Insane asylums Bombay 1873-77 - 1873-1877
Year: 1873
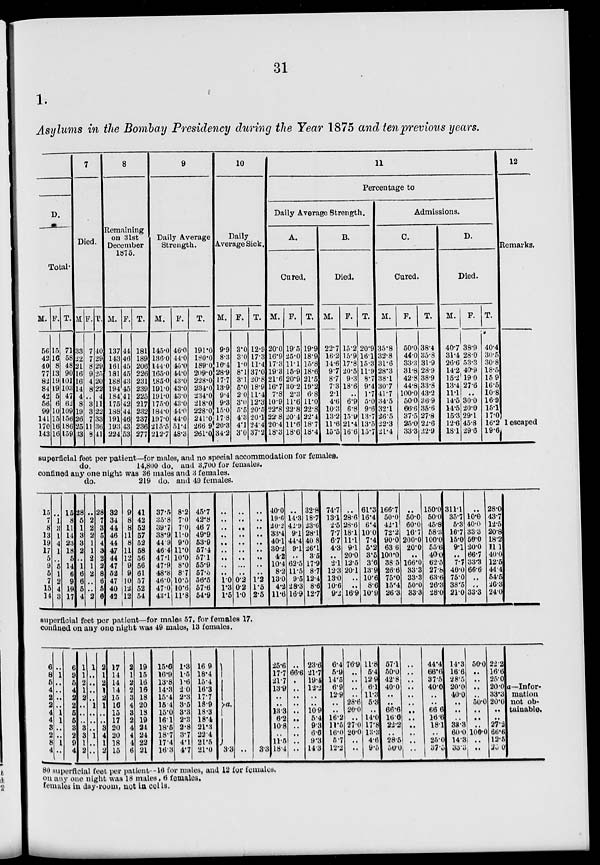
31
1.
Asylums in the Bombay Presidency during the Year 1875 and ten previous years.
D.
Total.
M.
56
42
40
77
82
84
42
56
99
141
170
143
F.
15
16
8
13
19
19
5
6
10
15
16
16
T.
71
58
48
90
101
103 47
62
109
156
186
159
7
Died.
M.
33
22
21
16
16
14
4
8
19
26
25
33
F.
7
7
8
9
4
8
..
3
3
7
11
8
T.
40
29
29
25
20
22
4
11
22
33
36
41
8
Remaining
on 31st
December
1875.
M.
137
143
161
181
188
194
184
175
188
191
193
224
F.
44
46
45
45
43
45
41
42
44
46
43
53
T.
181
189
206
226
231
239
225
217
232
237
236
277
9
Daily Average
Strength.
M.
145.0
136.0
144.0
165.0
185.0
191.0
191.0
175.0
184.0
197.0
215.5
212.7
F.
46.0
44.0
45.0
44.0
43.0
43.0
43.0
43.0
44.0
44.0
51.4
48.3
T.
191.0
180.0
189.0
209.0
228.0
234.0
234.0
218.0
228.0
241.0
266.9
261.0
10
Daily
Average Sick.
M.
9.9
8.3
10.4
28.9
17.7
13.9
9.4
9.3
15.0
17.8
20.3
34.2
F.
3.0
3.0
1.0
8.1
3.1
5.0
2.0
3.0
5.5
4.3
4.1
3.0
T.
12.9
17.3
11.4
37.0
20.8
18.9
11.4
12.3
20.5
20.1
24.4
37.2
11
Percentage to
Daily Average Strength.
A.
Cured.
M.
20.0
16.9
17.3
19.3
21.6
16.7
7.8
10.9
22.8
22.8
20.4
18.3
F.
19.5
25.0
11.1
15.9
20.9
30.2
2.3
11.6
22.8
20.4
11.6
18.6
T.
19.9
18.9
15.8
18.6
21.5
19.2
6.8
11.0
22.8
22.4
18.7
18.4
B.
Died.
M.
22.7
16.2
14.6
9.7
8.7
7.3
2.1
4.6
10.3
13.2
11.6
15.5
F.
15.2
15.9
17.8
20.5
9.3
18.6
..
6.9
6.8
15.9
21.4
16.6
T.
20.9
16.1
15.3
11.9
8.7
9.4
1.7
5.0
9.6
13.7
13.5
15.7
Admissions.
C.
Cured.
M.
35.8
32.8
31.6
28.3
38.1
30.7
41.7
34.5
32.1
26.5
22.3
21.4
F.
50.0
44.0
33.3
31.8
42.8
44.8
100.0
50.0
66.6
37.5
25.0
33.3
T.
38.4
35.8
31.9
28.9
38.9
33.8
43.2
36.9
35.6
27.8
22.6
22.9
D.
Died.
M.
40.7
31.4
26.6
14.2
15.2
13.4
11.1
14.5
14.5
153
12.6
18.1
F.
38.9
28.0
53.3
40.9
19.0
27.6
..
30.0
20.0
29.1
45.8
29.6
T.
40.4
30.5
30.8
18.5
15.9
16.5
10.8
16.9
15.1
12
Remarks.
17.0
16.2
19.6
1 escaped
superficial feet per patient—for males, and no special accommodation for females.
do.
14,800 do. and 3,700 for females.
confined any one night was 36 males and 3 females.
do.
219 do. and 49 females.
15
7
8
13
19
17
5
9
5
7
15
14
..
1
3
1
4
1
..
5
1
2
4
3
15
8
11
14
23
18
5
14
6
9
19
17
28
5
1
3
3
2
..
1
6
6
5
4
..
2
2
2
1
1
2
1
2
..
..
2
28
7
3
5
4
3
2
2
8
6
5
6
32
34
44
46
44
47
44
47
52
47
40
42
9
8
8
11
8
11
12
9
9
10
12
12
41
42
52
57
52
58
56
56
61
57
52
54
37.5
35.8
39.7
38.9
44.9
46.4
47.1
47.9
48.8
46.0
47.0
43.1
8.2
7.0
7.0
11.0
9.0
11.0
10.0
8.0
8.7
10.5
10.6
11.8
45.7
42.8
46.7
49.9
53.9
57.4
57.1
55.9
57.5
56.5
57.6
54.9
..
..
..
..
..
..
..
..
..
1.0
1.3
1.5
..
..
..
..
..
..
..
..
..
0.2
0.2
1.0
..
..
..
..
..
..
..
..
..
1.2
1.5
2.5
40.0
19.6
20.2
33.4
40.1
30.2
4.2
10.4
8.2
130
4.2
11.6
..
14.3
42.9
91
44.4
9.1
..
62.5
11.5
9.5
28.3
16.9
32.8
18.7
23.6
28.1
40.8
26.1
3.5
17.9
8.7
12.4
8.6
12.7
74.7
13.1
2.5
7.7
6.7
4.3
..
2.1
12.3
13.0
10.6
9.2
..
28.6
28.6
18.1
11.1
9.1
20.0
12.5
20.1
..
..
16.9
61.3
16.4
6.4
10.0
7.4
5.2
3.5
3.6
13.9
10.6
8.6
10.9
166.7
50.0
42.1
72.2
90.0
63.6
100.0
38.5
26.6
75.0
15.4
26.3
..
50.0
60.0
16.7
200.0
20.0
..
166.0
33.3
33.3
50.0
33.3
150.0
50.0
45.8
58.3
100.0
55.6
40.0
62.5
27.8
63.6
26.3
28.0
311.1
35.7
5.3
16.7
15.0
9.1
..
7.7
40.0
75.0
38.5
21.0
..
10.0
40.0
33.3
50.0
20.0
66.7
33.3
66.6
..
..
33.3
28.0
43.7
12.5
20.8
18.2
11.1
40.0
12.5
44.4
54.5
26.3
24.0
superficial feet per patient—for males 57, for females 17.
confined on any one night was 49 males, 13 females.
6
8
5
4
2
2
4
4
3
2
8
4
..
1
..
..
..
..
1
1
..
..
1
..
6
9
5
4
2
2
5
5
3
2
9
4
1
1
2
1
2
..
..
..
3
3
1
2
1
..
..
..
..
1
..
..
..
1
..
..
2
1
2
1
2
1
..
..
3
4
1
2
17
14
14
14
15
16
15
17
20
20
18
15
2
1
2
2
3
4
3
2
4
4
4
6
19
15
16
16
18
20
18
19
24
24
22
21
15.6
16.9
13.8
14.3
15.4
15.4
15.0
16.1
18.5
18.7
17.4
16.3
1.3
1.5
1.6
2.0
2.3
3.5
3.3
2.3
2.8
3.7
4.1
4.7
16.9
18.4
15.4
16.3
17.7
18.9
18.3
18.4
21.3
22.4
21.5
21.0
a.
3.3 ..
3.3
25.6
17.7
21.7
13.9
..
..
13.3
6.2
10.8
..
11.5
18.4
..
66.6
..
..
..
..
..
..
..
..
..
..
23.6
21.7
19.4
12.2
..
..
10.9
5.4
9.3
6.6
9.3
14.3
6.4
5.9
14.5
6.9
12.9
..
..
16.2
11.5
16.0
5.7
12.2
76.9
..
..
..
..
28.6
20.0
..
27.0
20.0
..
..
11.8
5.4
12.9
6.1
11.3
5.3
..
14.0
17.8
13.3
4.6
9.5
57.1
50.0
42.8
40.0
..
..
66.6
16.0
22.2
.. 28.5
50.0
..
..
..
..
..
..
..
..
..
..
..
..
44.4
66.6
37.5
40.0
..
..
66.6
16.6
18.1
..
25.0
37.5
14.3
16.6
28.5
20.0
40.0
..
..
..
38.3
60.0
14.3
33.3
50.0
..
..
..
..
50.0
..
..
..
100.0
..
..
22.2
16.6
25.0
20.0
33.3
20.0
..
..
27.2
66.6
12.5
25.0
a—Infor-
mation
not ob-
tainable.
80 superficial feet per patient--16 for males, and 12 for females.
on any one night was 18 males, 6 females.
females in day-room, not in cells.